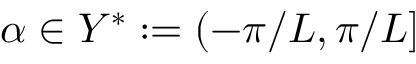
\alpha \in Y ^ { * } : = ( - \pi / L , \pi / L ]